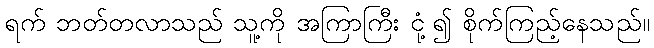
ရက် ဘတ်တလာသည် သူ့ကို အကြာကြီး ငုံ့၍ စိုက်ကြည့်နေသည်။